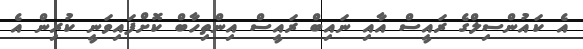
އެ ކައުންސިލްގެ ރައީސް އާއި ނައިބް ރައީސް އިންތިހާބް ކޮށްފައިވަނީ ކުރިން އެ